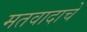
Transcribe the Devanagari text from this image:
मतवादाचे